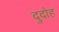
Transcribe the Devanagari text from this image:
दुदोह